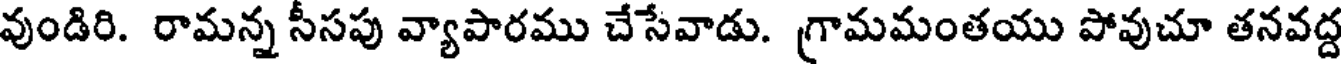
వుండిరి. రామన్న సీసపు వ్యాపారము చేసేవాడు. గ్రామమంతయు పోవుచూ తనవద్ద